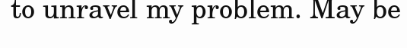
to unravel my problem. May be